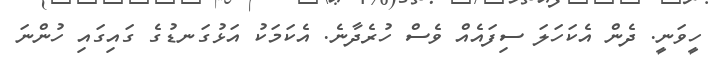
ހީވަނީ. ދެން އެކަހަލަ ސިފައެއް ވެސް ހުރެދާނެ. އެކަމަކު އަޅުގަނޑުގެ ގައިގައި ހުންނަ